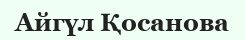
Айгүл Қосанова